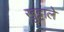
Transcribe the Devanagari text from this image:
खुट्टाले